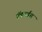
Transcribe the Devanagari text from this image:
ऍडवर्डस